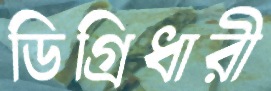
ডিগ্রিধারী